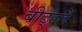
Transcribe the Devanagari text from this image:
बीट्लों